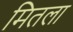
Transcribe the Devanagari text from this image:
मितला